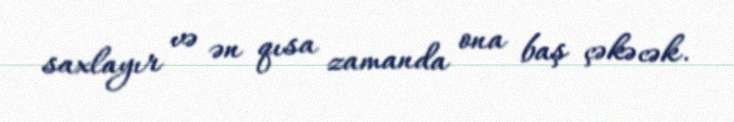
saxlayır və ən qısa zamanda ona baş çəkəcək.